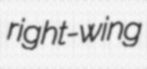
right-wing